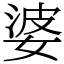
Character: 婆